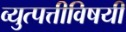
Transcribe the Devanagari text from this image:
व्युत्पत्तीविषयी